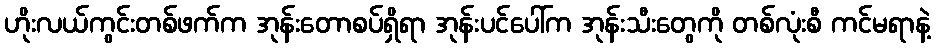
ဟိုးလယ်ကွင်းတစ်ဖက်က အုန်းတောစပ်ရှိရာ အုန်းပင်ပေါ်က အုန်းသီးတွေကို တစ်လုံးစီ ကင်မရာနဲ့